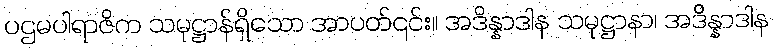
ပဌမပါရာဇိက သမုဋ္ဌာန်ရှိသော အာပတ်၎င်း။ အဒိန္နာဒါန သမုဋ္ဌာနာ၊ အဒိန္နာဒါန